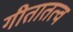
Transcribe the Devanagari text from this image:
गीतातत्व